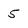
Character: 5